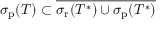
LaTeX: \sigma _ { \mathrm { p } } ( T ) \subset { \overline { { \sigma _ { \mathrm { r } } ( T ^ { * } ) \cup \sigma _ { \mathrm { p } } ( T ^ { * } ) } } }